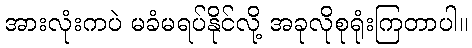
အားလုံးကပဲ မခံမရပ်နိုင်လို့ အခုလိုစုရုံးကြတာပါ။